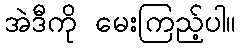
အဲဒီကို မေးကြည့်ပါ။